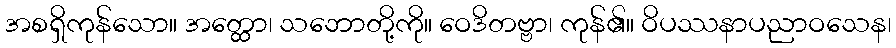
အစရှိကုန်သော။ အတ္ထော၊ သဘောတို့ကို။ ဝေဒိတဗ္ဗာ၊ ကုန်၏။ ဝိပဿနာပညာဝသေန၊